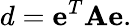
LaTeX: d=\mathbf{e}^{T}\mathbf{A}\mathbf{e}.